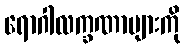
ရောဂါလက္ခဏာများကို